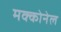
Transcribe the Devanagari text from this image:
मक्कोनेल